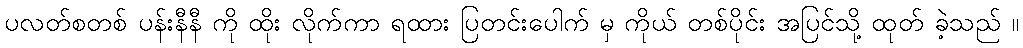
ပလတ်စတစ် ပန်းနီနီ ကို ထိုး လိုက်ကာ ရထား ပြတင်းပေါက် မှ ကိုယ် တစ်ပိုင်း အပြင်သို့ ထုတ် ခဲ့သည် ။